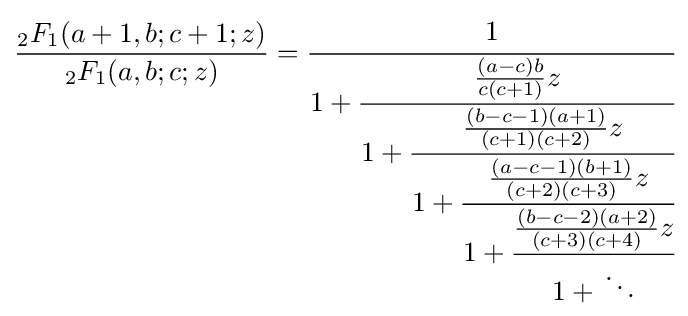
{\frac {{}_{2}F_{1}(a+1,b;c+1;z)}{{}_{2}F_{1}(a,b;c;z)}}={\cfrac {1}{1+{\cfrac {{\frac {(a-c)b}{c(c+1)}}z}{1+{\cfrac {{\frac {(b-c-1)(a+1)}{(c+1)(c+2)}}z}{1+{\cfrac {{\frac {(a-c-1)(b+1)}{(c+2)(c+3)}}z}{1+{\cfrac {{\frac {(b-c-2)(a+2)}{(c+3)(c+4)}}z}{1+{}\ddots }}}}}}}}}}